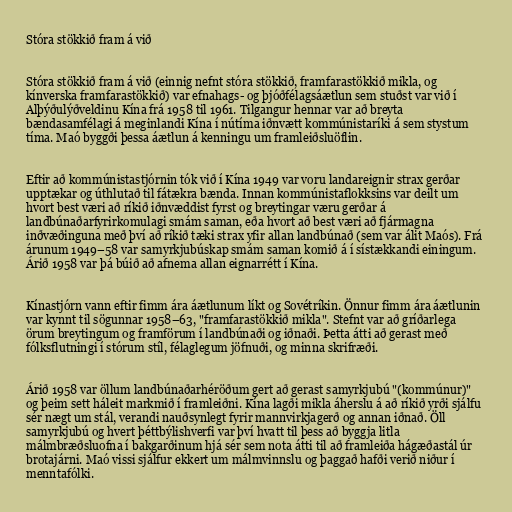
Stóra stökkið fram á við

Stóra stökkið fram á við (einnig nefnt stóra stökkið, framfarastökkið mikla, og
kínverska framfarastökkið) var efnahags- og þjóðfélagsáætlun sem stuðst var við í
Alþýðulýðveldinu Kína frá 1958 til 1961. Tilgangur hennar var að breyta
bændasamfélagi á meginlandi Kína í nútíma iðnvætt kommúnistaríki á sem stystum
tíma. Maó byggði þessa áætlun á kenningu um framleiðsluöflin.

Eftir að kommúnistastjórnin tók við í Kína 1949 var voru landareignir strax gerðar
upptækar og úthlutað til fátækra bænda. Innan kommúnistaflokksins var deilt um
hvort best væri að ríkið iðnvæddist fyrst og breytingar væru gerðar á
landbúnaðarfyrirkomulagi smám saman, eða hvort að best væri að fjármagna
inðvæðinguna með því að ríkið tæki strax yfir allan landbúnað (sem var álit Maós). Frá
árunum 1949–58 var samyrkjubúskap smám saman komið á í sístækkandi einingum.
Árið 1958 var þá búið að afnema allan eignarrétt í Kína.

Kínastjórn vann eftir fimm ára áætlunum líkt og Sovétríkin. Önnur fimm ára áætlunin
var kynnt til sögunnar 1958–63, "framfarastökkið mikla". Stefnt var að gríðarlega
örum breytingum og framförum í landbúnaði og iðnaði. Þetta átti að gerast með
fólksflutningi í stórum stíl, félaglegum jöfnuði, og minna skrifræði.

Árið 1958 var öllum landbúnaðarhéröðum gert að gerast samyrkjubú "(kommúnur)"
og þeim sett háleit markmið í framleiðni. Kína lagði mikla áherslu á að ríkið yrði sjálfu
sér nægt um stál, verandi nauðsynlegt fyrir mannvirkjagerð og annan iðnað. Öll
samyrkjubú og hvert þéttbýlishverfi var því hvatt til þess að byggja litla
málmbræðsluofna í bakgarðinum hjá sér sem nota átti til að framleiða hágæðastál úr
brotajárni. Maó vissi sjálfur ekkert um málmvinnslu og þaggað hafði verið niður í
menntafólki.